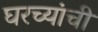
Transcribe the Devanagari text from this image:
घरच्‍यांची